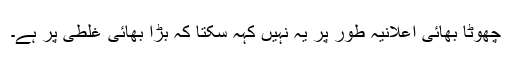
چھوٹا بھائی اعلانیہ طور پر یہ نہیں کہہ سکتا کہ بڑا بھائی غلطی پر ہے۔